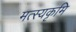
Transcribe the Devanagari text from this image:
मत्स्यकृमि